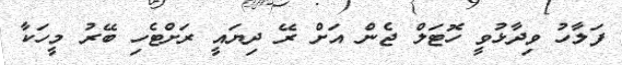
ފަލާހު ވިދާޅުވީ ހޮޓަލް ޖެން އަށް ރޭ ދިޔައީ ރަށްޓެހި ބޭރު މީހަކާ